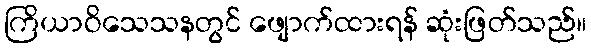
ကြိယာဝိသေသနတွင် ဖျောက်ထားရန် ဆုံးဖြတ်သည်။